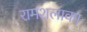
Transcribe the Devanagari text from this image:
रामशलाका